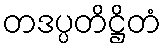
တဒပ္ပတိဋ္ဌိတံ